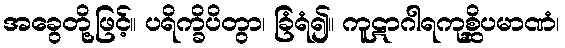
အခွေတို့ဖြင့်။ ပရိက္ခိပိတွာ၊ ခြံရံ၍။ ကူဋာဂါရကုစ္ဆိပမာဏံ၊